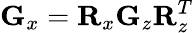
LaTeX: {\mathbf G}_{x}={\mathbf R}_{x}{\mathbf G}_{z}{\mathbf R}_{z}^{T}